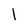
Character: l